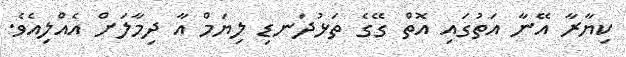
ކިޔާރާ އޭނާ އަތުގައި އޮތް ގޭގެ ތަޅުދަނޑި ލިޔަމް އާ ދިމާލަށް އެއްލިއެވެ.